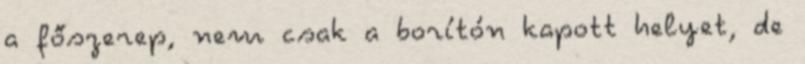
a főszerep, nem csak a borítón kapott helyet, de